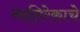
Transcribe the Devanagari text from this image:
व्यतिरेकाचे